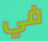
في